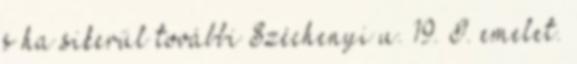
s ha sikerül további Széchenyi u. 19. I. emelet.